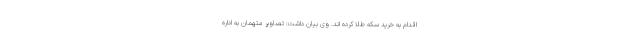
اقدام به خرید سکه طلا کرده اند. وی بیان داشت: تصاویر متهمان به اداره